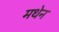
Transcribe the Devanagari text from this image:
मथेन